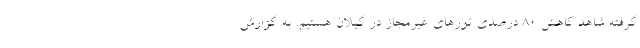
گرفته شاهد کاهش ۸۰ درصدی تورهای غیرمجاز در گیلان هستیم. به گزارش